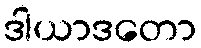
ဒါယာဒတော